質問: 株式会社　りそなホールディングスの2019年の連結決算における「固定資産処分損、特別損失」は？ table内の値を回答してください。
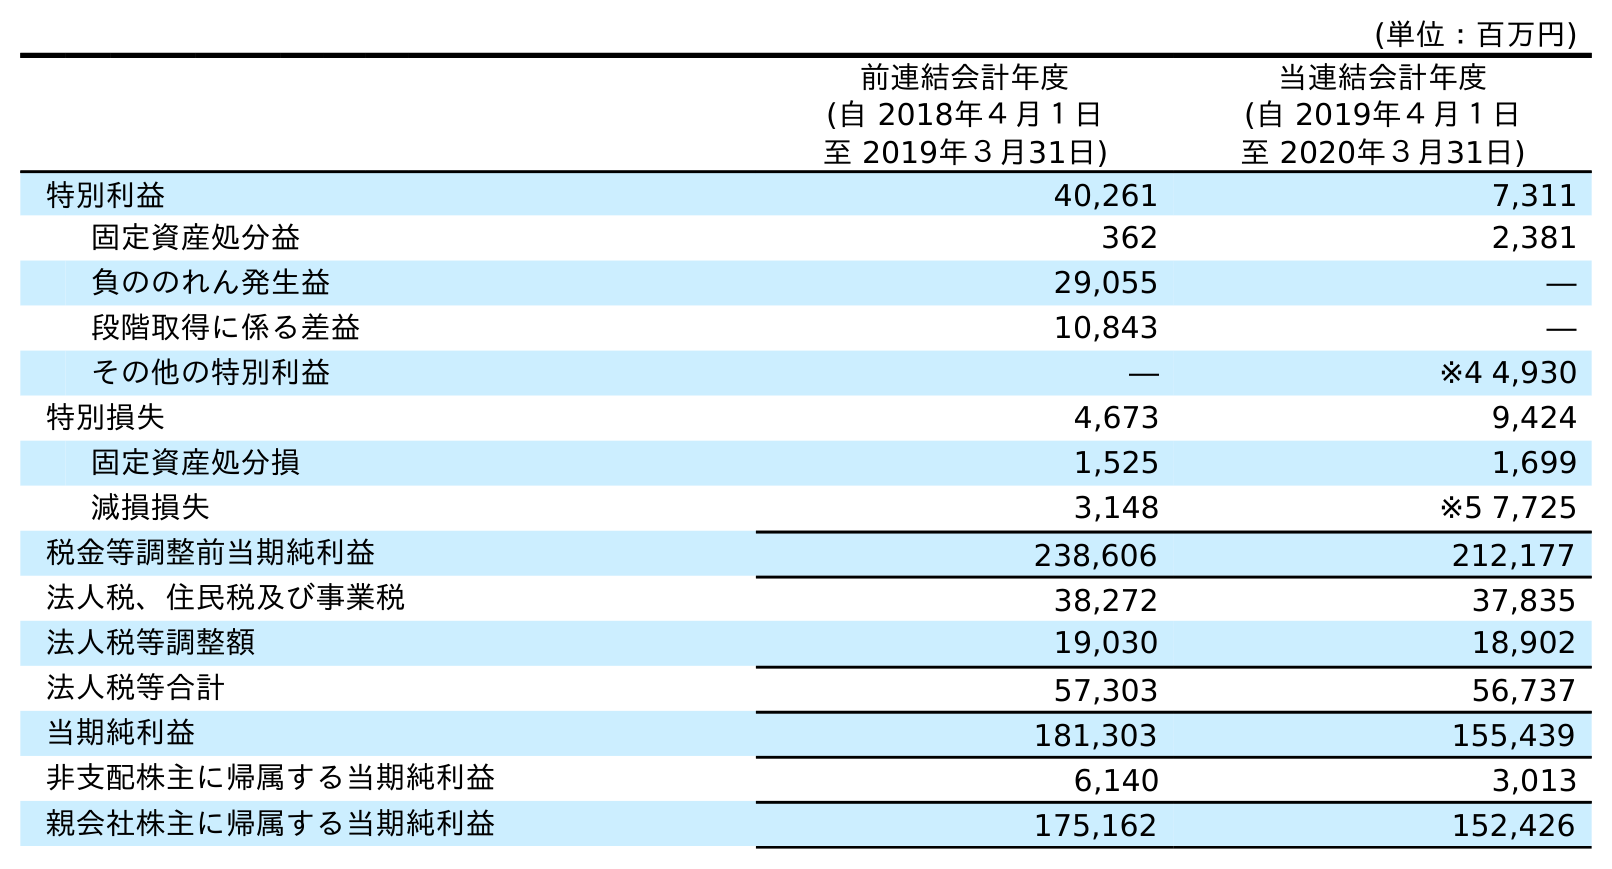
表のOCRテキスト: (単位：百万円) 前連結会計年度 (自 2018年４月１日 至 2019年３月31日) 当連結会計年度 (自 2019年４月１日 至 2020年３月31日) 特別利益 40,261 7,311 固定資産処分益 362 2,381 負ののれん発生益 29,055 ― 段階取得に係る差益 10,843 ― その他の特別利益 ― ※4 4,930 特別損失 4,673 9,424 固定資産処分損 1,525 1,699 減損損失 3,148 ※5 7,725 税金等調整前当期純利益 238,606 212,177 法人税、住民税及び事業税 38,272 37,835 法人税等調整額 19,030 18,902 法人税等合計 57,303 56,737 当期純利益 181,303 155,439 非支配株主に帰属する当期純利益 6,140 3,013 親会社株主に帰属する当期純利益 175,162 152,426
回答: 1,525